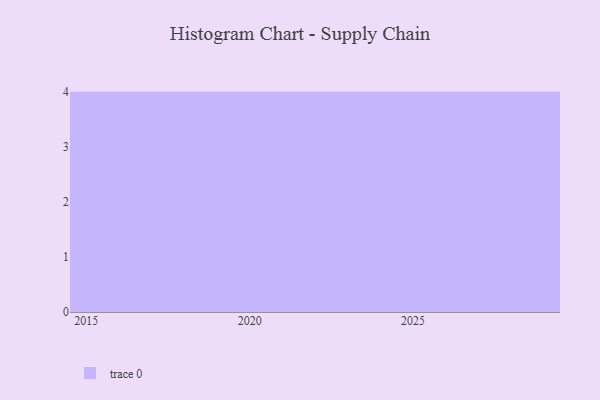
{"axis": {"x": "Year", "y": "Tickets Resolved"}, "legend": [""], "data": [{"x": "2027", "y": 37, "type": ""}, {"x": "2020", "y": 15, "type": ""}, {"x": "2029", "y": 76, "type": ""}, {"x": "2026", "y": 2, "type": ""}, {"x": "2022", "y": 76, "type": ""}, {"x": "2028", "y": 83, "type": ""}, {"x": "2017", "y": 83, "type": ""}, {"x": "2015", "y": 17, "type": ""}, {"x": "2024", "y": 34, "type": ""}, {"x": "2021", "y": 23, "type": ""}, {"x": "2018", "y": 47, "type": ""}, {"x": "2019", "y": 16, "type": ""}]}